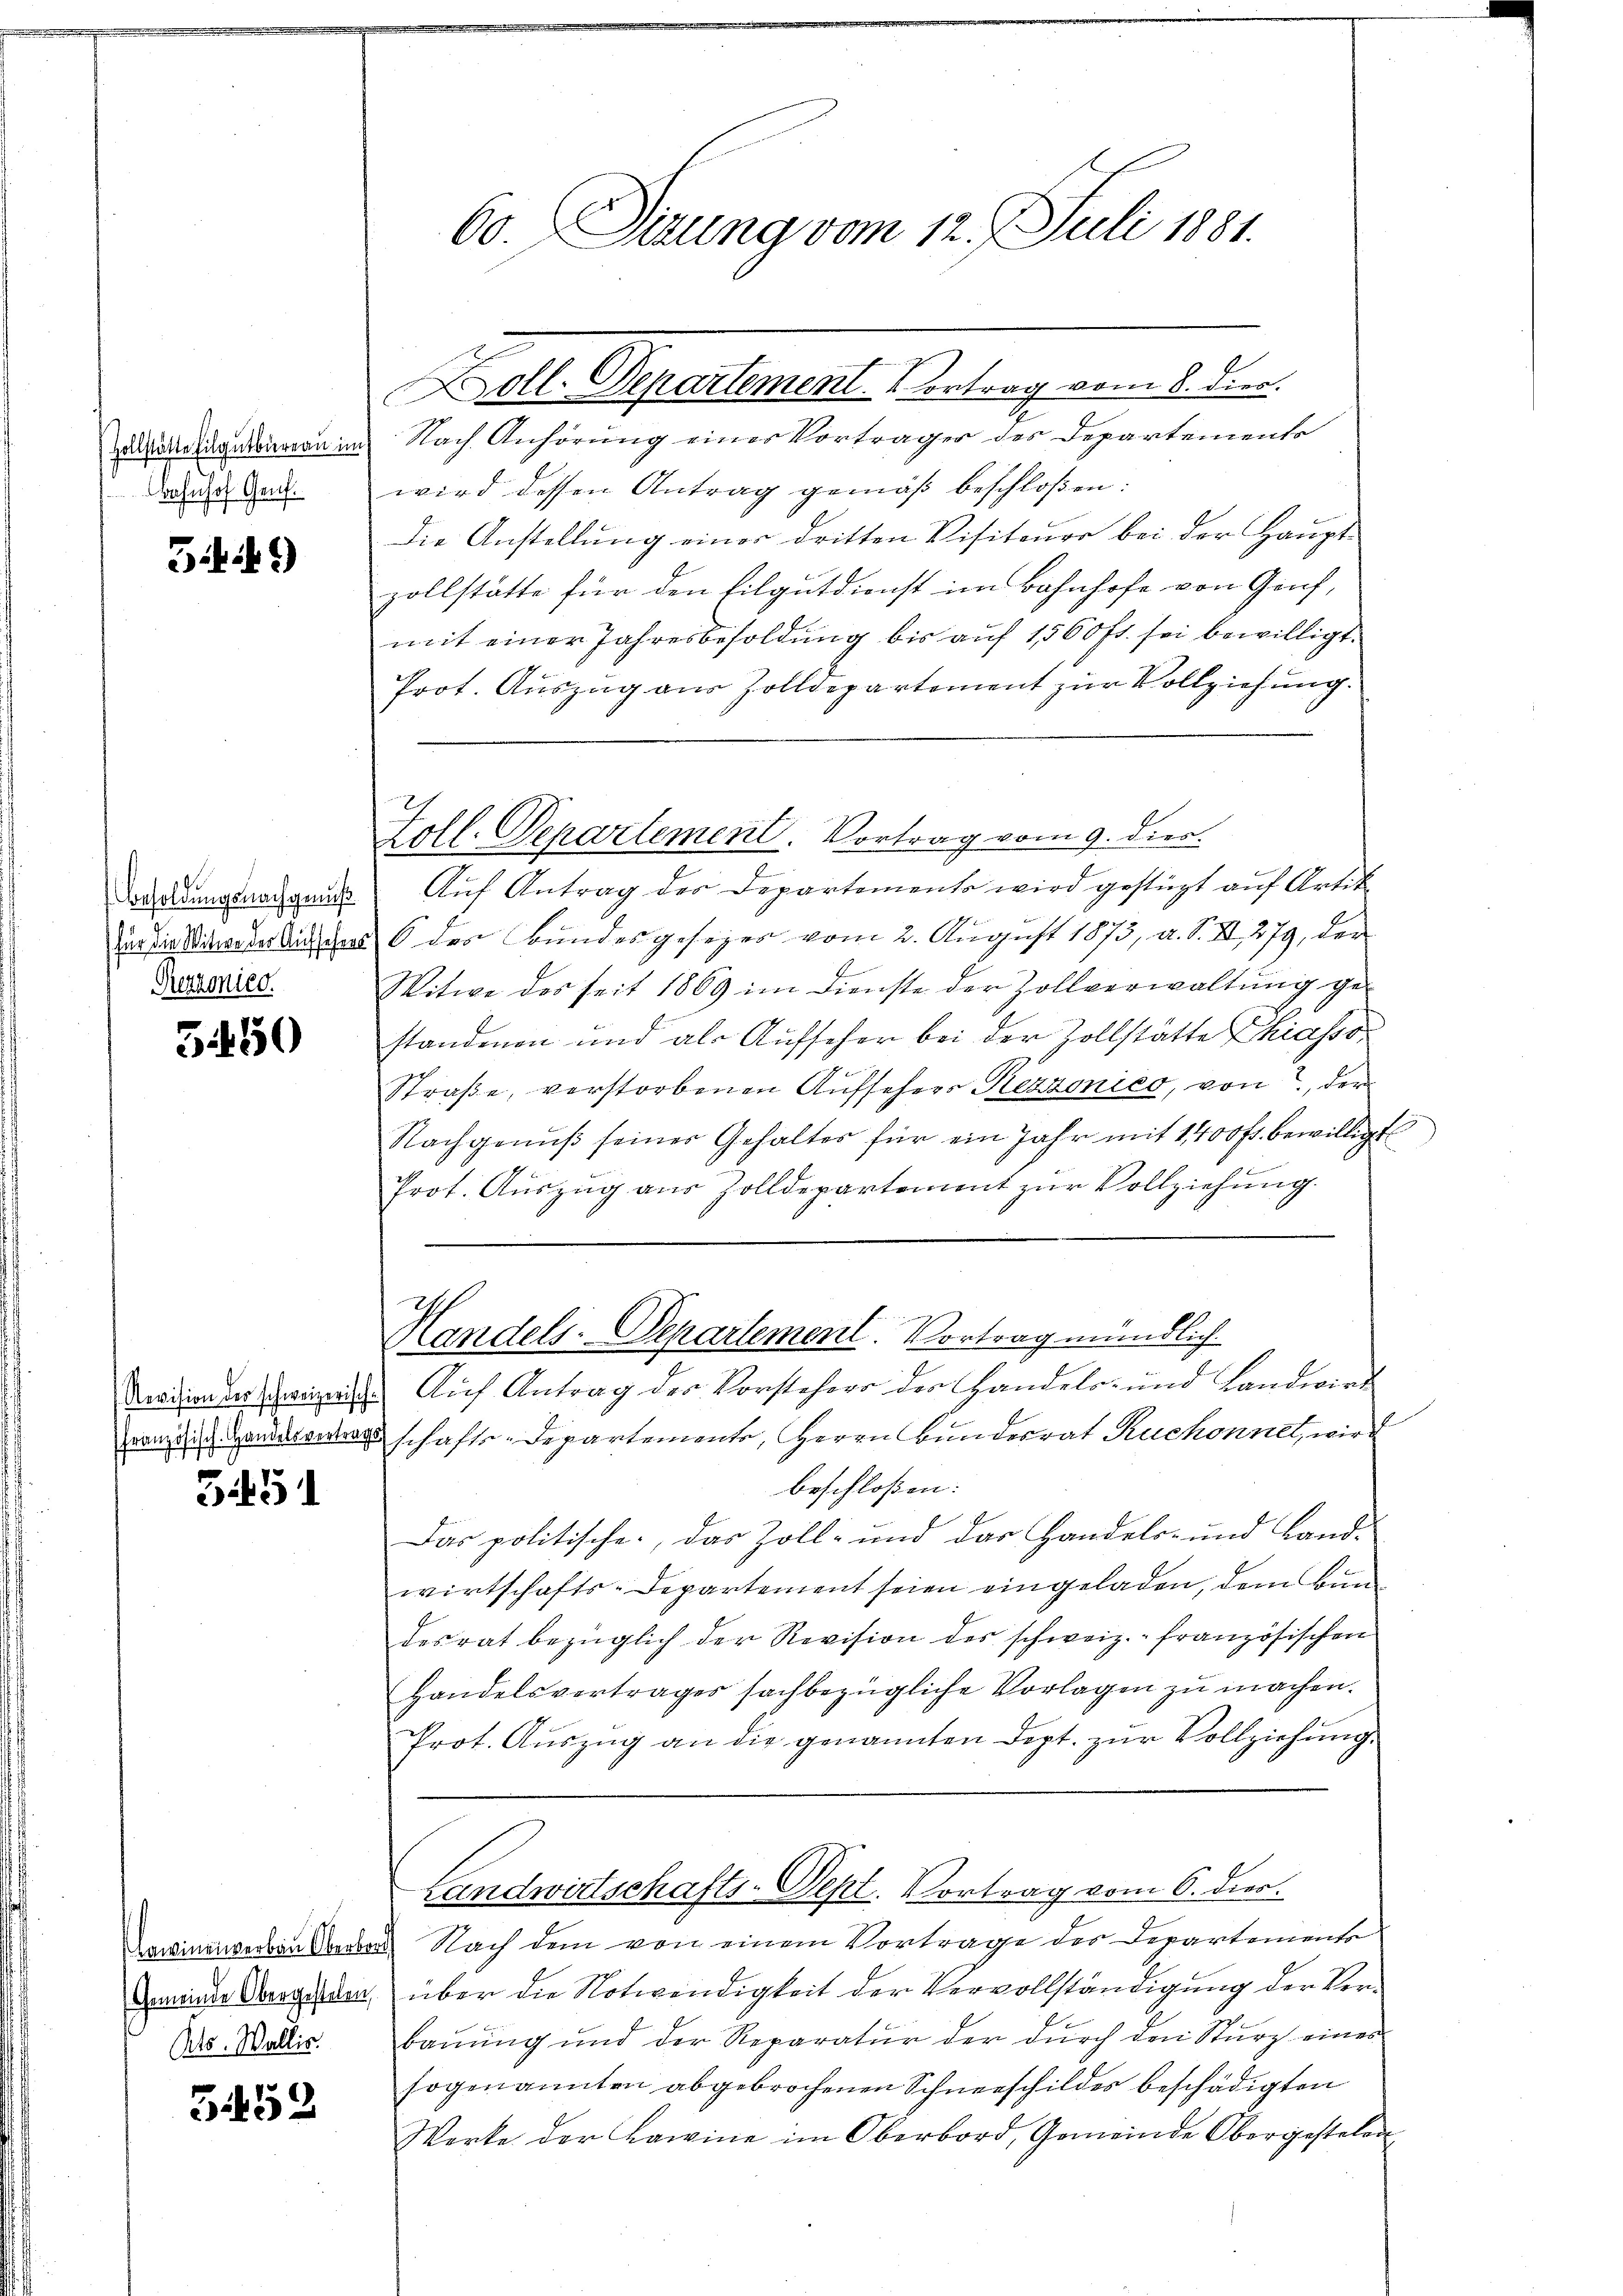
(Zollstätte Eilgutbüreau im
Bahnhof Genf.

549)

Besoldungsnachgenuß
(für die Witwe der Aufsehens
Rezzonier.

5450

Revision des schweizerisch.
französisch-Handelsvertrag

G1451

Ats. Wallis.

352

60. Sirung vom 12. J. Juli 1881.

Nach Anhörung einer Vorträger des Departements
wird dessen Antrag gemäß beschloßen:
Die Anstellung einer dritten Visiteuer bei der Haupt-
zollstätte für den Eilgutdienst im Bahnhofe von Gruf,
mit einer Jahresbesoldung bis auf 1560 fl. sei bewilligt.
Prot. Auszug aus Zolldepartement zur Vollziehung.
Aŭf Antrag der Departements wird gestüzt auf Artik
6 des Bundesgesezes vom 2. Aŭgŭst 1873, a. S. S. 279, der
Witwe des seit 1869 im Dienste der Zollverwaltŭng ge-
standenen und als Aufseher bei der Zollstätte Chiasso¬
Straße, verstorbenen Aufsehers Rezzonico, von der
Nachgenŭβ seiner Gehaltes für ein Jahr mit 1400 fr. bewilligt
Prot. Auszug aus Zolldepartement zur Vollziehung.
Handels-Departement. Vortrag mündlich
Aŭf Antrag der Vorstehero der Handels- und Landwirt
schafts-Departemente, Herrn Bunderrat Ruchonnet, wird
beschloßen:
Das politische, das Zoll- und das Handels- und Land-
wirtschafts-Departement seien eingeladen, dem Bundesrat bezüglich der Revision des schweiz.- französischen
Handelsvertrages sachbezügliche Vorlagen zu machen.
Prot. Aŭszŭg an die genannten Dept. zŭr Vollziehung.
Landwirtschafts-Sept. Vortrag vom 6. dies.
Daseine Nach dem von einem Vortrage der Departemente
Gramide Aergesten über die Notwendigkeit der Vervollständigung der Ver¬
Bauung und der Reparatur der durch den Sturz eines
sogenannten abgebrochenen Schneeschildes beschädigten
Werke der Kamine im Oberbord, Gemeinde Obergestelen

Doll-Departement. Vortrag vom 8. dies.

Zoll. Departement. Vortrag vom 9. dies.

3